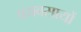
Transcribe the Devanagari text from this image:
वयवसायों